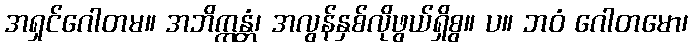
အရှင်ဂေါတမ။ အဘိက္ကန္တံ၊ အလွန်နှစ်လိုဖွယ်ရှိစွ။ ပ။ ဘဝံ ဂေါတမော၊